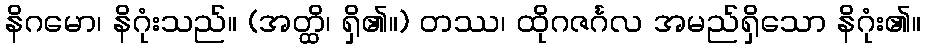
နိဂမော၊ နိဂုံးသည်။ (အတ္ထိ၊ ရှိ၏။) တဿ၊ ထိုဂဇင်္ဂလ အမည်ရှိသော နိဂုံး၏။